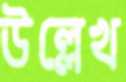
উল্লেখ